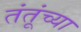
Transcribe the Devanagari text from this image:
तंतूंच्या